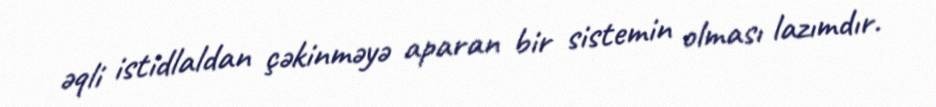
əqli istidlaldan çəkinməyə aparan bir sistemin olması lazımdır.